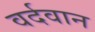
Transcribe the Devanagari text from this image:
वर्दवान